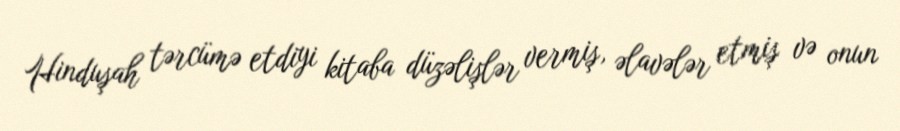
Hinduşah tərcümə etdiyi kitaba düzəlişlər vermiş, əlavələr etmiş və onun